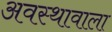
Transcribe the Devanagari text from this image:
अवस्थावाला